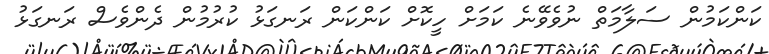
ކަންކަމުން ސަލާމަތް ނުވެވޭނެ ކަމަށް ހީކޮށް ކަންކަން ރަނގަޅު ކުރުމުން ދެންވެސް ރަނގަޅު